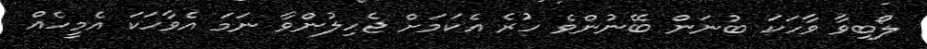
ލޯބިވާ ވާހަކަ ބުނަން ބޭނުންވެ ހުރެ އެކަމަށް ޖެހިލުންވާ ނަމަ އެވާހަކަ އެމީހެއް